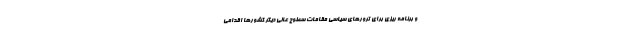
و برنامه ریزی برای ترورهای سیاسی مقامات سطوح عالی دیگر کشورها اقدامی